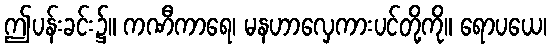
ဤပန်းခင်း၌။ ကဏီကာရေ၊ မနဟာလှေကားပင်တို့ကို။ ရောပယေ၊